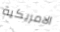
الامريكية